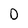
Character: D